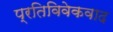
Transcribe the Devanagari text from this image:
प्रतिविवेकवाद